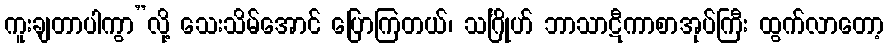
ကူးချတာပါကွာ”လို့ သေးသိမ်အောင် ပြောကြတယ်၊ သင်္ဂြိုဟ် ဘာသာဋီကာစာအုပ်ကြီး ထွက်လာတော့